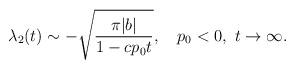
LaTeX: \begin{align*}\lambda_2(t)\sim-\sqrt{\pi|b|\over1-cp_0t},\quad p_0<0,\,\,t\to\infty.\end{align*}